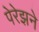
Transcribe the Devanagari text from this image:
पेरेझने